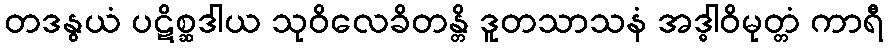
တဒနွယံ ပဋိစ္ဆဒါယ သုဝိလေခိတန္တိ ဒူတသာသနံ အဒ္ဓါဝိမုတ္တံ ကာရီ